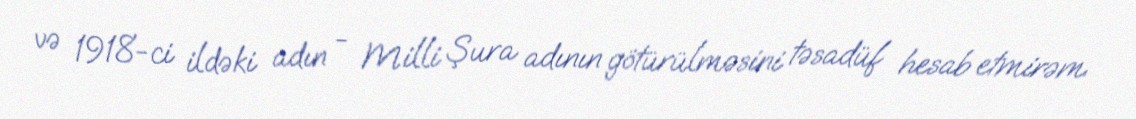
və 1918-ci ildəki adın - Milli Şura adının götürülməsini təsadüf hesab etmirəm.